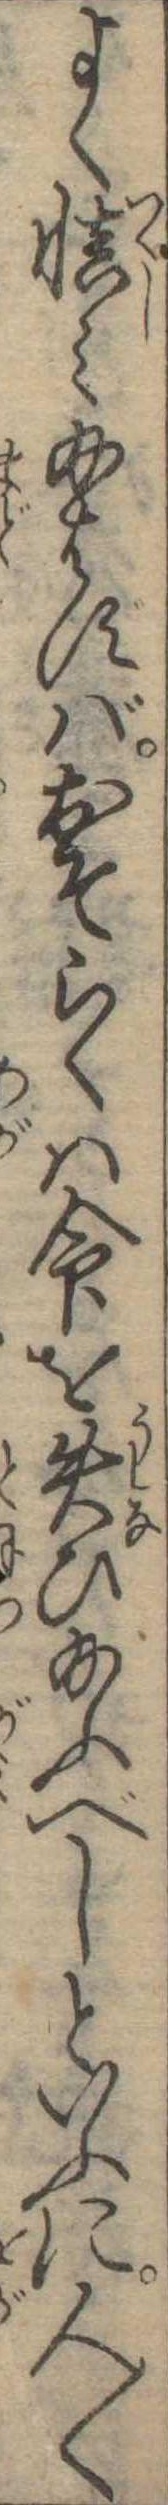
よく慎み給はずばおそらくは命を失ひ給ふべしといふに人〱